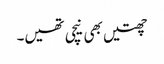
چھتیں بھی نیچی تھیں۔